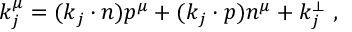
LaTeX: k _ { j } ^ { \mu } = ( k _ { j } \cdot n ) p ^ { \mu } + ( k _ { j } \cdot p ) n ^ { \mu } + k _ { j } ^ { \perp } \ ,